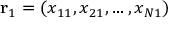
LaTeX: \mathbf { r } _ { 1 } = ( x _ { 1 1 } , x _ { 2 1 } , \dots , x _ { N 1 } )